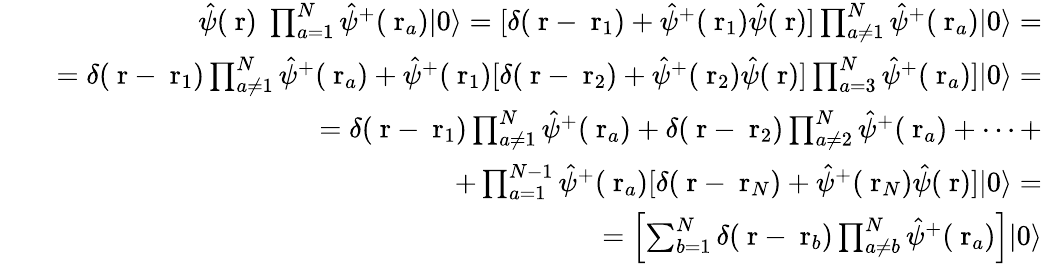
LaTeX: \begin{array}{rlr}&{}&{\hat{\psi}(\mathrm{\mathbf~r})\; \prod_{a=1}^{N}\hat{\psi}^{+}(\mathrm{\mathbf~r}_{a})|0\rangle=[\delta(\mathrm{\mathbf~r}-\mathrm{\mathbf~r}_{1})+\hat{\psi}^{+}(\mathrm{\mathbf~r}_{1})\hat{\psi}(\mathrm{\mathbf~r})]\prod_{a\ne 1}^{N}\hat{\psi}^{+}(\mathrm{\mathbf~r}_{a})|0\rangle=}\\ &{}&{=\delta(\mathrm{\mathbf~r}-\mathrm{\mathbf~r}_{1})\prod_{a\ne 1}^{N}\hat{\psi}^{+}(\mathrm{\mathbf~r}_{a})+\hat{\psi}^{+}(\mathrm{\mathbf~r}_{1})[\delta(\mathrm{\mathbf~r}-\mathrm{\mathbf~r}_{2})+\hat{\psi}^{+}(\mathrm{\mathbf~r}_{2})\hat{\psi}(\mathrm{\mathbf~r})]\prod_{a=3}^{N}\hat{\psi}^{+}(\mathrm{\mathbf~r}_{a})]|0\rangle=}\\ &{}&{=\delta(\mathrm{\mathbf~r}-\mathrm{\mathbf~r}_{1})\prod_{a\ne 1}^{N}\hat{\psi}^{+}(\mathrm{\mathbf~r}_{a})+\delta(\mathrm{\mathbf~r}-\mathrm{\mathbf~r}_{2})\prod_{a\ne 2}^{N}\hat{\psi}^{+}(\mathrm{\mathbf~r}_{a})+\dots+}\\ &{}&{+\prod_{a=1}^{N-1}\hat{\psi}^{+}(\mathrm{\mathbf~r}_{a})[\delta(\mathrm{\mathbf~r}-\mathrm{\mathbf~r}_{N})+\hat{\psi}^{+}(\mathrm{\mathbf~r}_{N})\hat{\psi}(\mathrm{\mathbf~r})]|0\rangle=}\\ &{}&{\; \; \; \; \; \; \; \; \; \; \; \; \; \; \; \; \; \; \; \; \; =\left[\sum_{b=1}^{N}\delta(\mathrm{\mathbf~r}-\mathrm{\mathbf~r}_{b})\prod_{a\ne b}^{N}\hat{\psi}^{+}(\mathrm{\mathbf~r}_{a})\right]|0\rangle}\end{array}